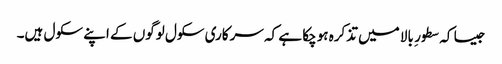
جیسا کہ سطور ِ بالا میں تذکرہ ہوچکا ہے کہ سرکاری سکول لوگوں کے اپنے سکول ہیں۔